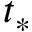
t _ { * }